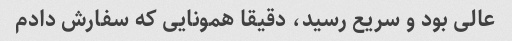
عالی بود و سریع رسید، دقیقا همونایی که سفارش دادم